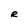
Character: R